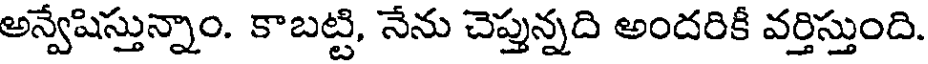
అన్వేషిస్తున్నాం. కాబట్టి, నేను చెప్తున్నది అందరికీ వర్తిస్తుంది.